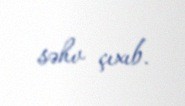
səhv çıxıb.